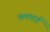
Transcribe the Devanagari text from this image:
तलमार्ग